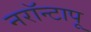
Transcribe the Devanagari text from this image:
नरॉन्टापू